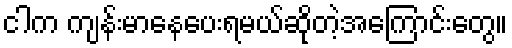
ငါက ကျန်းမာနေပေးရမယ်ဆိုတဲ့အကြောင်းတွေ။